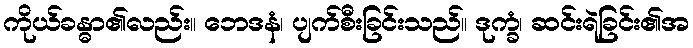
ကိုယ်ခန္ဓာ၏လည်း။ ဘေဒနံ၊ ပျက်စီးခြင်းသည်။ ဒုက္ခံ၊ ဆင်းရဲခြင်း၏အ